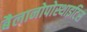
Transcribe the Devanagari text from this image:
बैलानोपोस्थाइटिस